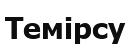
Темірсу